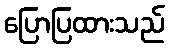
ပြောပြထားသည်